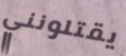
يقتلونني